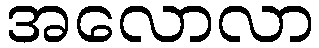
အလောလာ